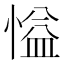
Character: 𪬘